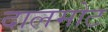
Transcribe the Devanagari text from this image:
दालमोट